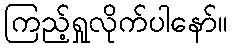
ကြည့်ရှုလိုက်ပါနော်။